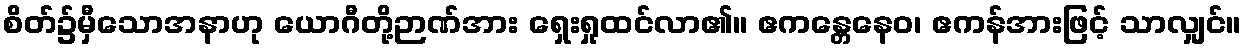
စိတ်၌မှီသောအနာဟု ယောဂီတို့ဉာဏ်အား ရှေးရှုထင်လာ၏။ ဧကန္တေနေဝ၊ ဧကန်အားဖြင့် သာလျှင်။